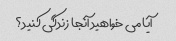
آیا می خواهید آنجا زندگی کنید؟